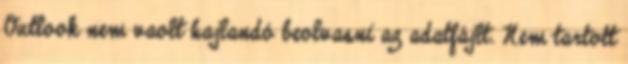
Outlook nem vaolt hajlandó beolvasni az adatfájlt. Nem tartott